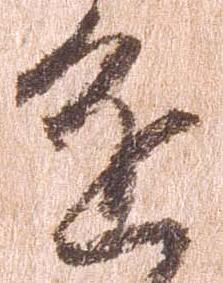
進